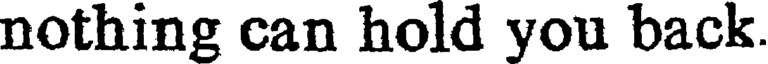
nothing can hold you back.